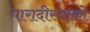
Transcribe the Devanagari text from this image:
पारादीस्याको